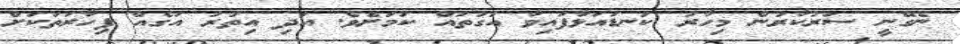
ނެގޭނީ ސަރުކާރުން މިހާރު ކަނޑައަޅާފައިވާ އަގުތައް ކަމަށެވެ. އަދި އިތުރު އަގެއް ފިހާރަތަކަށް